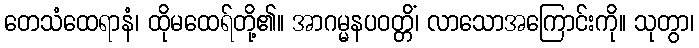
တေသံထေရာနံ၊ ထိုမထေရ်တို့၏။ အာဂမ္မနပဝတ္တိံ၊ လာသောအကြောင်းကို။ သုတွာ၊